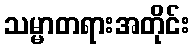
သမ္မာတရားအတိုင်း